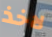
لاخذ